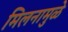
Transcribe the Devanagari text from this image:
मिलनामुळे